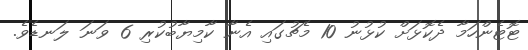
ޓޮޓެންހަމާ ދެކޮޅަށް ކުޅުނު 10 މެޗުގައި އެނާ ކާމިޔާބުކުރި 6 ވަނަ ލަނޑެވެ.